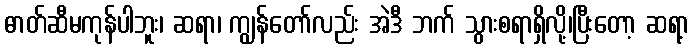
ဓာတ်ဆီမကုန်ပါဘူး၊ ဆရာ၊ ကျွန်တော်လည်း အဲဒီ ဘက် သွားစရာရှိလို့၊ပြီးတော့ ဆရာ့